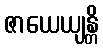
ဇာယေယျန္တိ